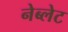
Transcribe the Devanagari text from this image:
नेब्लेट